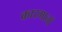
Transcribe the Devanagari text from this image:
कारमानों